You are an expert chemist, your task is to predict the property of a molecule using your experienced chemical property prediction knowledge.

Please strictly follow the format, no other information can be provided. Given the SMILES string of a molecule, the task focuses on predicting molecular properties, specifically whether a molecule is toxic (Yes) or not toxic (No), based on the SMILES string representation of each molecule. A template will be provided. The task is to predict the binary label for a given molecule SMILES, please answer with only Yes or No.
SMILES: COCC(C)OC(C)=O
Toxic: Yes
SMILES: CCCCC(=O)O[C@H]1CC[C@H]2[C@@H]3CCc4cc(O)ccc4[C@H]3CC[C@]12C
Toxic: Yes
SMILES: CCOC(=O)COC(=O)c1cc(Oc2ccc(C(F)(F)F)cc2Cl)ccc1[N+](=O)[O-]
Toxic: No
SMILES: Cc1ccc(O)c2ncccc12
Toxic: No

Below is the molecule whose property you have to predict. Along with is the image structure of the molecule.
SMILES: O=C1OC(OC(=O)c2cccnc2Nc2cccc(C(F)(F)F)c2)c2ccccc21
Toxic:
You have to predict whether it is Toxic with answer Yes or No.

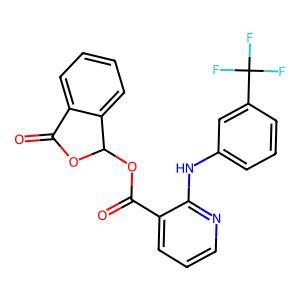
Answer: No